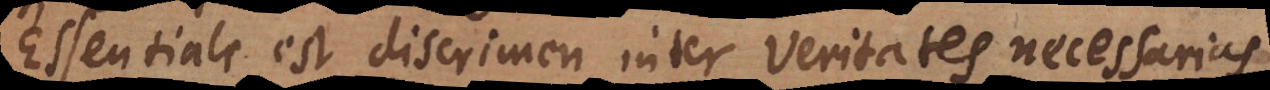
Essentiale est discrimen inter Veritates necessarias